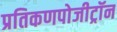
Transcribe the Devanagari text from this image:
प्रतिकणपोजीट्रॉन